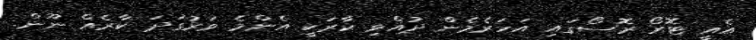
އެއީ ޓޮރޯ ރޮސޯގައި އަހަރެމެން ދުއްވި ކާރަކީ އެންމެ ވަރުގަދަ ކާރެއް ނޫން.